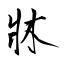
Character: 牀